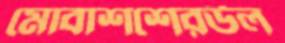
মোবাশশেরউল